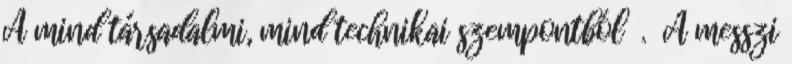
A mind társadalmi, mind technikai szempontból . A messzi